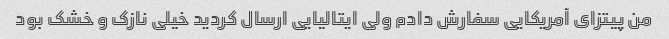
من پیتزای آمریکایی سفارش دادم ولی ایتالیایی ارسال کردید خیلی نازک و خشک بود